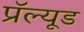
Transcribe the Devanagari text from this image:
प्रॅल्यूड